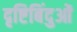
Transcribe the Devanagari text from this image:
दृष्टिबिंदुओं